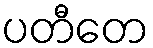
ပတီတေ